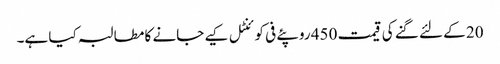
20 کے لئے گنے کی قیمت 450 روپئے فی کوئنٹل کیے جانے کا مطالبہ کیا ہے۔